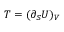
T = ( \partial _ { S } U ) _ { V }